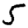
Digit: 5